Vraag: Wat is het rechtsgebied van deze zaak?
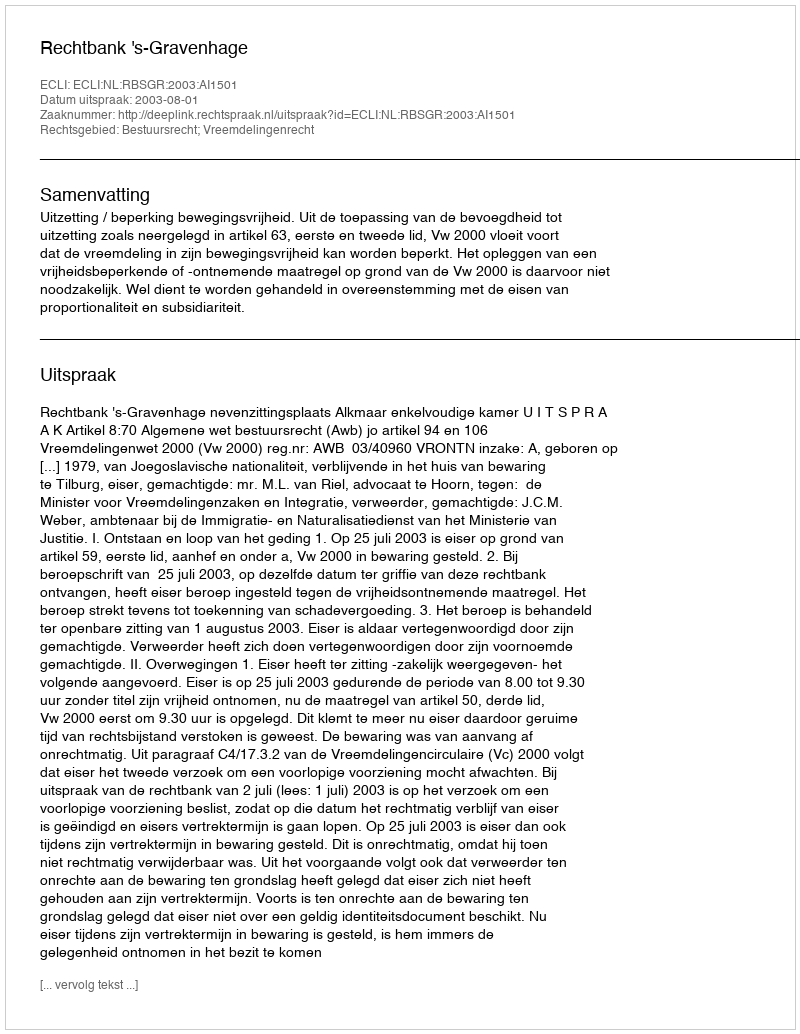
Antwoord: Bestuursrecht; Vreemdelingenrecht